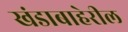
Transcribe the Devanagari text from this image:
खंडाबाहेरील